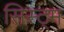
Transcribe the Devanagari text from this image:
सिस्ट्म